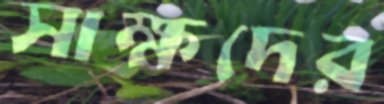
সাক্ষদের